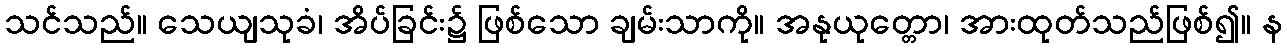
သင်သည်။ သေယျသုခံ၊ အိပ်ခြင်း၌ ဖြစ်သော ချမ်းသာကို။ အနုယုတ္တော၊ အားထုတ်သည်ဖြစ်၍။ န